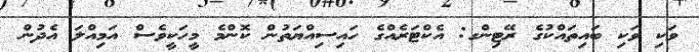
ވަކި ވަކި ބައިތައްކުގެ ރޭޓިންގ: އެކްޓަރެއްގެ ހައިސިއްޔަތުން ކޮންމެ މީހަކީވެސް އަމިއްލަ އެދުން